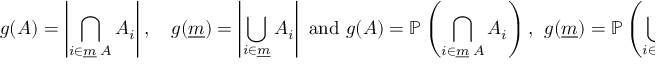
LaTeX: g ( A ) = \left| \bigcap _ { i \in { \underline { { m } } } \setminus A } A _ { i } \right| , \quad g ( { \underline { { m } } } ) = \left| \bigcup _ { i \in { \underline { { m } } } } A _ { i } \right| { \mathrm { ~ a n d ~ } } g ( A ) = \mathbb { P } \left( \bigcap _ { i \in { \underline { { m } } } \setminus A } A _ { i } \right) , ~ ~ g ( { \underline { { m } } } ) = \mathbb { P } \left( \bigcup _ { i \in { \underline { { m } } } } A _ { i } \right)